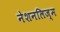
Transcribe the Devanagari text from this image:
नेशनलिज़्म